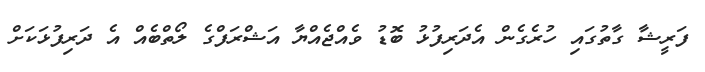
ފަރީޝާ ގާތުގައި ހުރެގެން އެދަރިފުޅު ބޮޑު ވެއްޖެއްޔާ އަޝްރަފްގެ ލޯތްބެއް އެ ދަރިފުޅަކަށް